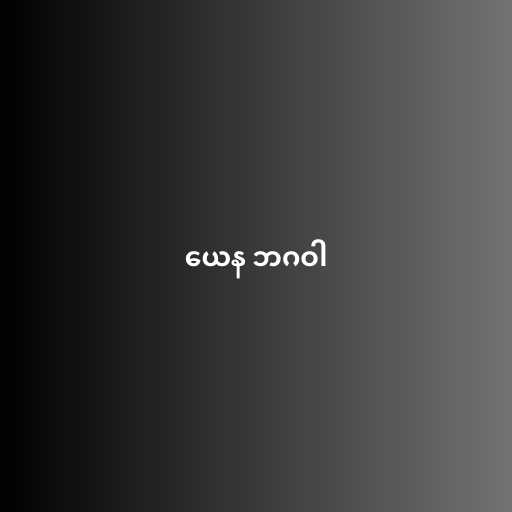
ယေန ဘဂဝါ